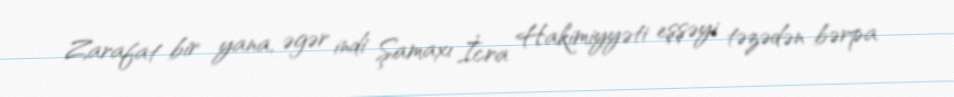
Zarafat bir yana, əgər indi Şamaxı İcra Hakimiyyəti eşşəyi təzədən bərpa